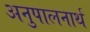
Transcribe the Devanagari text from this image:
अनुपालनार्थ